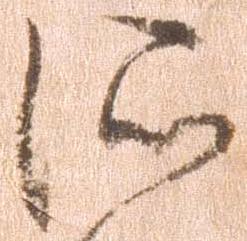
所